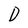
Character: D